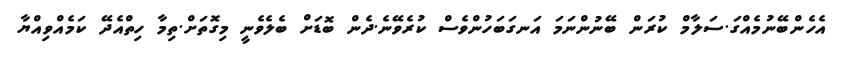
އެހެންބޭނުމެއްގަ.ސަލާމް ކުރަން ބޭނުންނަމަ އަނގަބަހުންވެސް ކުރެވޭނެ.ދެން ބޮޑަށް ބެލެވެނީ މިގޮތަށް.ތިމާ ހިތްއެދޭ ކަމެއްވިއްޔާ